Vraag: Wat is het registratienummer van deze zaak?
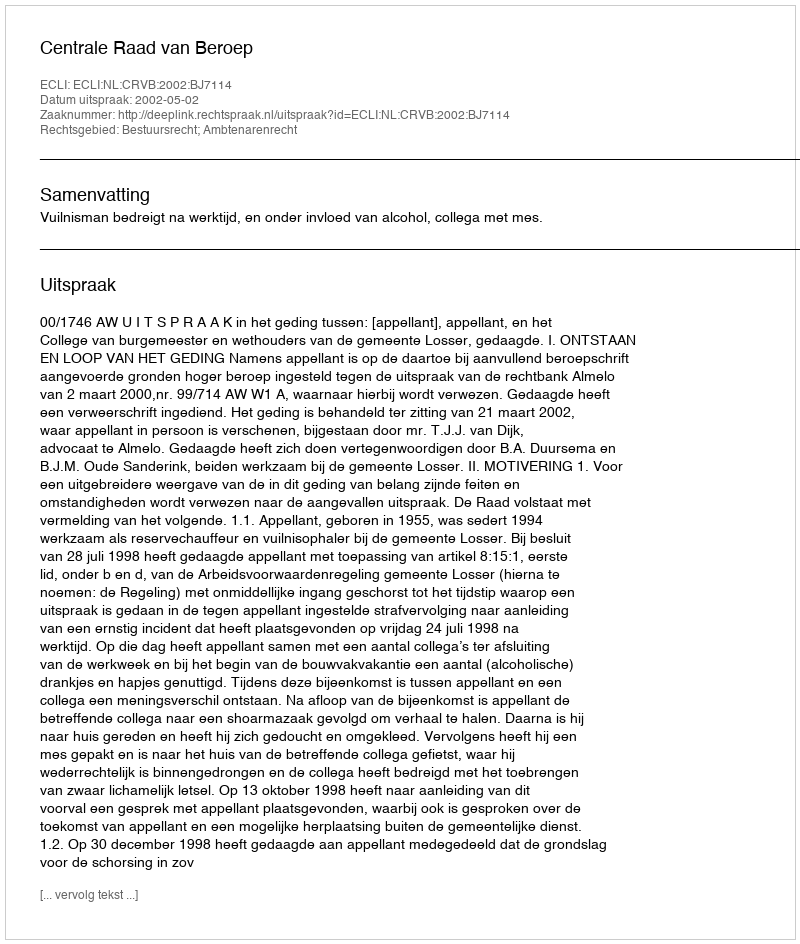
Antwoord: http://deeplink.rechtspraak.nl/uitspraak?id=ECLI:NL:CRVB:2002:BJ7114